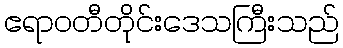
ဧရာဝတီတိုင်းဒေသကြီးသည်